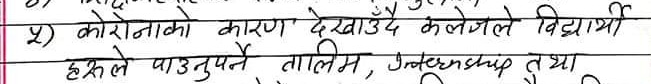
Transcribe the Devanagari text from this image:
४) कोरोनाको कारण देखाउँदै कलेजले विद्यार्थी
हरुले पाउनुपर्ने तालिम, Internship तथा